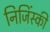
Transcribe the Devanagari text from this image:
निजिंस्की